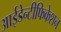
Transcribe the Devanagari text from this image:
आईडेन्टीफिकेशन